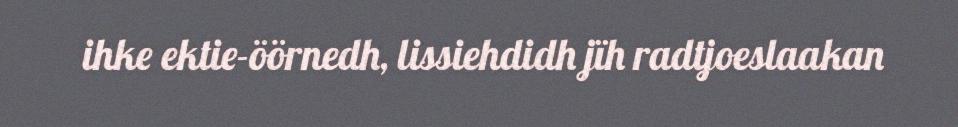
ihke ektie-öörnedh, lissiehdidh jïh radtjoeslaakan